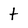
Character: t